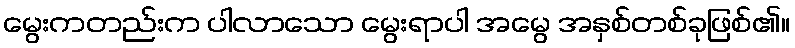
မွေးကတည်းက ပါလာသော မွေးရာပါ အမွေ အနှစ်တစ်ခုဖြစ်၏။